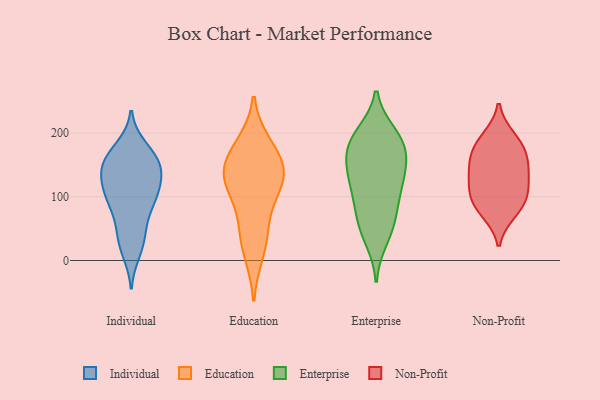
{"axis": {"x": "LTV (USD)", "y": "Value"}, "legend": ["Education", "Enterprise", "Individual", "Non-Profit"], "data": [{"x": "", "y": 53, "type": "Individual"}, {"x": "", "y": 161, "type": "Individual"}, {"x": "", "y": 136, "type": "Individual"}, {"x": "", "y": 146, "type": "Individual"}, {"x": "", "y": 101, "type": "Individual"}, {"x": "", "y": 14, "type": "Individual"}, {"x": "", "y": 160, "type": "Individual"}, {"x": "", "y": 116, "type": "Individual"}, {"x": "", "y": 28, "type": "Individual"}, {"x": "", "y": 169, "type": "Individual"}, {"x": "", "y": 90, "type": "Individual"}, {"x": "", "y": 99, "type": "Individual"}, {"x": "", "y": 149, "type": "Individual"}, {"x": "", "y": 177, "type": "Individual"}, {"x": "", "y": 106, "type": "Individual"}, {"x": "", "y": 147, "type": "Individual"}, {"x": "", "y": 102, "type": "Individual"}, {"x": "", "y": 135, "type": "Individual"}, {"x": "", "y": 66, "type": "Individual"}, {"x": "", "y": 29, "type": "Individual"}, {"x": "", "y": 40, "type": "Education"}, {"x": "", "y": 12, "type": "Education"}, {"x": "", "y": 121, "type": "Education"}, {"x": "", "y": 68, "type": "Education"}, {"x": "", "y": 151, "type": "Education"}, {"x": "", "y": 133, "type": "Education"}, {"x": "", "y": 182, "type": "Education"}, {"x": "", "y": 122, "type": "Education"}, {"x": "", "y": 130, "type": "Education"}, {"x": "", "y": 172, "type": "Education"}, {"x": "", "y": 100, "type": "Enterprise"}, {"x": "", "y": 199, "type": "Enterprise"}, {"x": "", "y": 186, "type": "Enterprise"}, {"x": "", "y": 145, "type": "Enterprise"}, {"x": "", "y": 175, "type": "Enterprise"}, {"x": "", "y": 139, "type": "Enterprise"}, {"x": "", "y": 33, "type": "Enterprise"}, {"x": "", "y": 178, "type": "Enterprise"}, {"x": "", "y": 70, "type": "Enterprise"}, {"x": "", "y": 126, "type": "Enterprise"}, {"x": "", "y": 131, "type": "Enterprise"}, {"x": "", "y": 48, "type": "Enterprise"}, {"x": "", "y": 65, "type": "Enterprise"}, {"x": "", "y": 199, "type": "Enterprise"}, {"x": "", "y": 102, "type": "Enterprise"}, {"x": "", "y": 168, "type": "Enterprise"}, {"x": "", "y": 164, "type": "Non-Profit"}, {"x": "", "y": 99, "type": "Non-Profit"}, {"x": "", "y": 104, "type": "Non-Profit"}, {"x": "", "y": 76, "type": "Non-Profit"}, {"x": "", "y": 121, "type": "Non-Profit"}, {"x": "", "y": 138, "type": "Non-Profit"}, {"x": "", "y": 83, "type": "Non-Profit"}, {"x": "", "y": 185, "type": "Non-Profit"}, {"x": "", "y": 140, "type": "Non-Profit"}, {"x": "", "y": 165, "type": "Non-Profit"}, {"x": "", "y": 193, "type": "Non-Profit"}]}